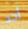
أحد